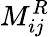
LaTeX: M_{ij}^{R}